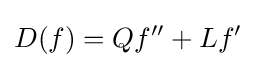
D(f)=Qf''+Lf'